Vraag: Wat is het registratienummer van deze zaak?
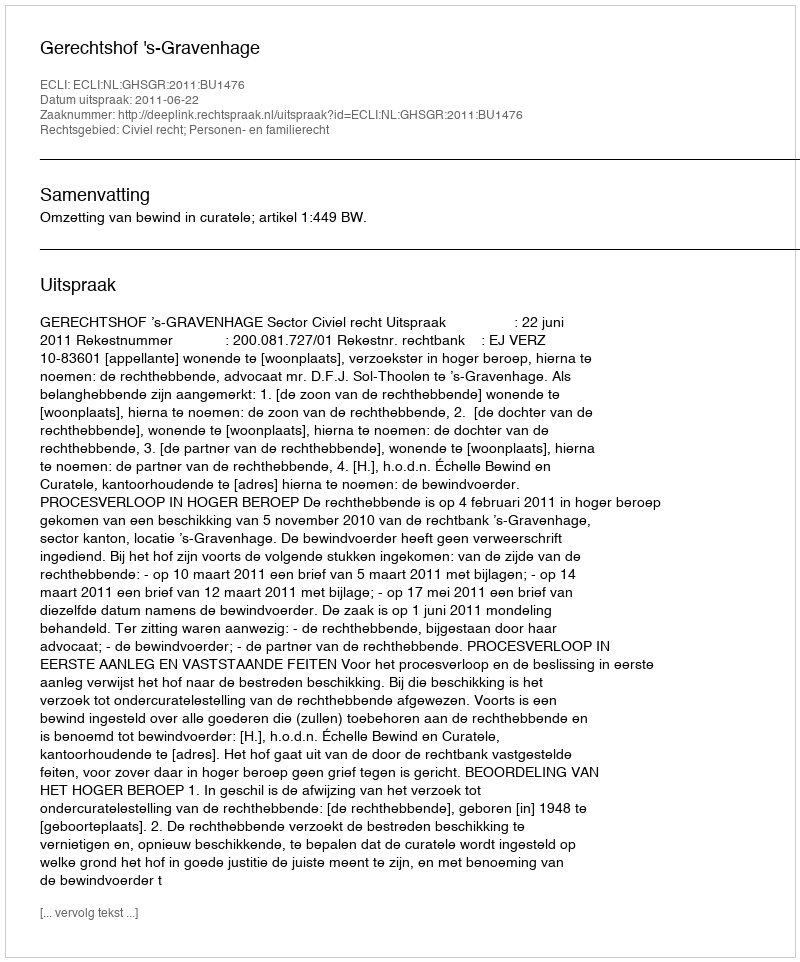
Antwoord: http://deeplink.rechtspraak.nl/uitspraak?id=ECLI:NL:GHSGR:2011:BU1476